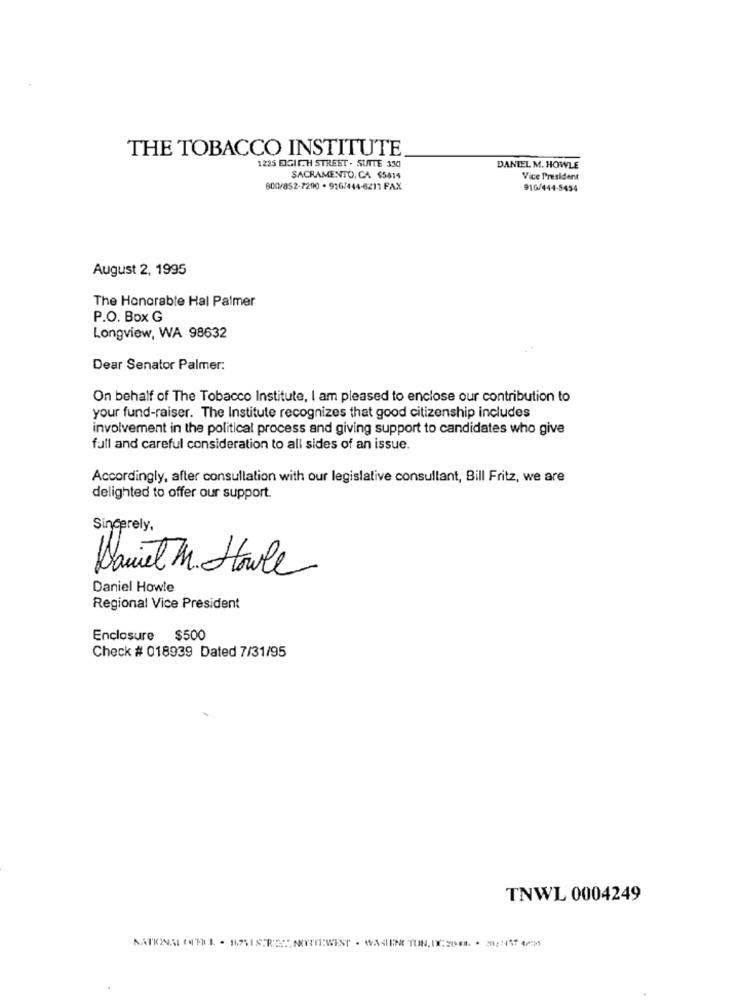
THE TOBACCO INSTITUTE
1225 EIGITTH STREET . SUITE 330
DANIEL M. HOWLE
SACRAMENTO, CA $5814
Vice President
600/852-7290 - 916/444-6211 FAX
916/444-5454
August 2, 1995
The Honorable Hal Palmer
P.O. Box G
Longview, WA 98632
Dear Senator Palmer:
On behalf of The Tobacco Institute, I am pleased to enclose our contribution to
your fund-raiser. The Institute recognizes that good citizenship includes
involvement in the political process and giving support to candidates who give
full and careful consideration to all sides of an issue.
Accordingly, after consultation with our legislative consultant, Bill Fritz, we are
delighted to offer our support.
Sincerely,
Daniel M. Howle
Daniel Howle
Regional Vice President
Enclosure $500
Check # 018939 Dated 7/31/95
TNWL 0004249
MATENAL QUEEL . MAISTRE :. NOYENIWEST . WASIENE TUN, IX.201. . 512:457 4/5